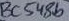
Text: BC548b